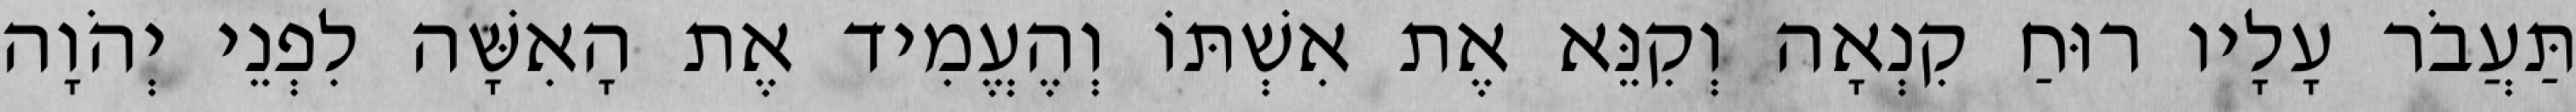
תַּעֲבֹר עָלָיו רוּחַ קִנְאָה וְקִנֵּא אֶת אִשְׁתּוֹ וְהֶעֱמִיד אֶת הָאִשָּׁה לִפְנֵי יְהֹוָה